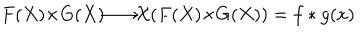
F ( X ) { \times } G ( X ) { \longrightarrow } { \cal X } ( F ( X ) { \times } G ( X ) ) = f * g ( x )